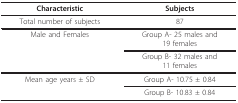
<table><thead><tr><td><b>Characteristic</b></td><td><b>Subjects</b></td></tr></thead><tbody><tr><td>Total number of subjects</td><td>87</td></tr><tr><td>Male and Females</td><td>Group A- 25 males and19 females</td></tr><tr><td></td><td>Group B- 32 males and11 females</td></tr><tr><td>Mean age years ± SD</td><td>Group A- 10.75 ± 0.84</td></tr><tr><td></td><td>Group B- 10.83 ± 0.84</td></tr></tbody></table>